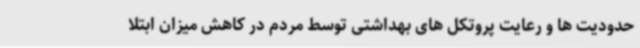
حدودیت ها و رعایت پروتکل های بهداشتی توسط مردم در کاهش میزان ابتلا